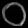
Digit: ၀